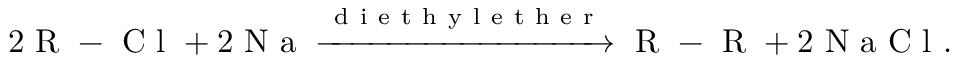
2 \mathrm { ~ R ~ - ~ C ~ l ~ } + 2 \mathrm { ~ N ~ a ~ } \xrightarrow [ ] { \mathrm { ~ d ~ i ~ e ~ t ~ h ~ y ~ l ~ e ~ t ~ h ~ e ~ r ~ } } \mathrm { ~ R ~ - ~ R ~ } + 2 \mathrm { ~ N ~ a ~ C ~ l ~ } .